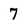
Character: 7